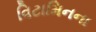
વિટામિનના